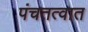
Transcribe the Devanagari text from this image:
पंचतत्वात